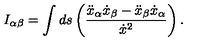
I _ { \alpha \beta } = \int d s \left( \frac { \ddot { x } _ { \alpha } \dot { x } _ { \beta } - \ddot { x } _ { \beta } \dot { x } _ { \alpha } } { \dot { x } ^ { 2 } } \right) .